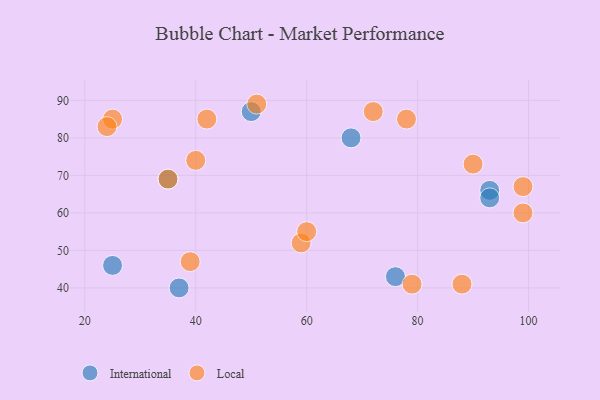
{"axis": {"x": "GDP", "y": "Life Expectancy"}, "legend": ["International", "Local"], "data": [{"x": "76", "y": 43, "type": "International"}, {"x": "25", "y": 46, "type": "International"}, {"x": "35", "y": 69, "type": "International"}, {"x": "93", "y": 66, "type": "International"}, {"x": "68", "y": 80, "type": "International"}, {"x": "50", "y": 87, "type": "International"}, {"x": "93", "y": 64, "type": "International"}, {"x": "37", "y": 40, "type": "International"}, {"x": "99", "y": 60, "type": "Local"}, {"x": "51", "y": 89, "type": "Local"}, {"x": "25", "y": 85, "type": "Local"}, {"x": "35", "y": 69, "type": "Local"}, {"x": "40", "y": 74, "type": "Local"}, {"x": "78", "y": 85, "type": "Local"}, {"x": "72", "y": 87, "type": "Local"}, {"x": "42", "y": 85, "type": "Local"}, {"x": "24", "y": 83, "type": "Local"}, {"x": "99", "y": 67, "type": "Local"}, {"x": "79", "y": 41, "type": "Local"}, {"x": "88", "y": 41, "type": "Local"}, {"x": "39", "y": 47, "type": "Local"}, {"x": "90", "y": 73, "type": "Local"}, {"x": "59", "y": 52, "type": "Local"}, {"x": "60", "y": 55, "type": "Local"}]}